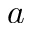
a